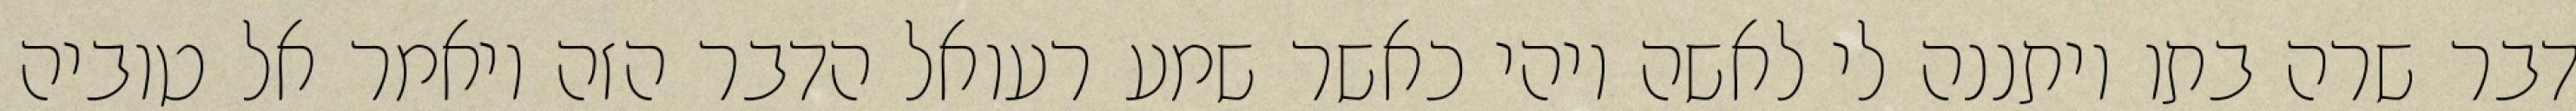
דבר שרה בתו ויתננה לי לאשה ויהי כאשר שמע רעואל הדבר הזה ויאמר אל טוביה